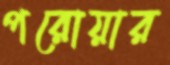
পরোয়ার